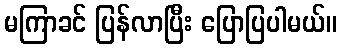
မကြာခင် ပြန်လာပြီး ပြောပြပါမယ်။